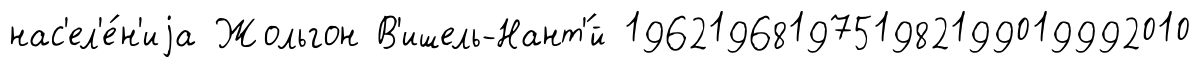
нас'ел'е́н'иjа Жольгон В'ишель-Нант'́й 1962196819751982199019992010